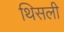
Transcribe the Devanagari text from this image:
थिसली